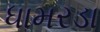
ધામરડા